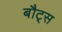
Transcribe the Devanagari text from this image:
बौट्स